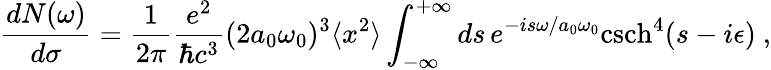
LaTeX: \frac{dN(\omega)}{d\sigma}=\frac{1}{2\pi}\frac{e^{2}}{\hbar c^{3}}(2a_{0}\omega_{0})^{3}\langle x^{2}\rangle\int_{-\infty}^{+\infty}ds\, e^{-is\omega/a_{0}\omega_{0}}\mathrm{csch}^{4}(s-i\epsilon)~,